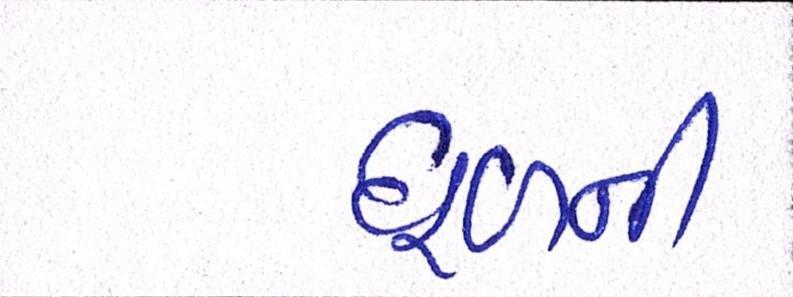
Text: ધૂળની